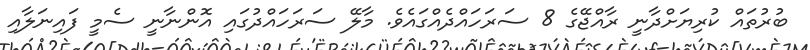
ބުރުތައް ކުރިޔަށްދާނީ ރާއްޖޭގެ 8 ސަރަހައްދެއްގައެވެ. މާލޭ ސަރަހައްދުގައި އޮންނާނީ ސެމީ ފައިނަލާއި